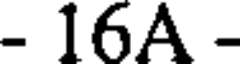
- 16A -